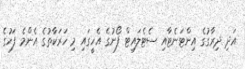
އަދި ދިރާގުގެ އިންޓަނެޓާއި ސެޓެލައިޓް ފޯނުގެ އެހީގައި މި ހަރަކާތުގެ އެންމެ ފަހުގެ